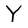
Character: Y